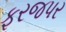
ફરજપર